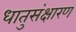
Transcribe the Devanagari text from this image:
धातुसंक्षारण